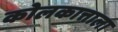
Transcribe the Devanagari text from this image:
कोलकात्ताला